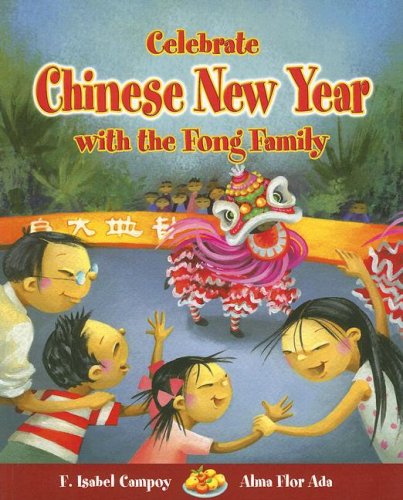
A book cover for Celebrate Chinese New Year with the Fong Family (Stories to Celebrate); Alma F. Ada & F. Isabel Campoy; Children's Books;